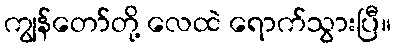
ကျွန်တော်တို့ လေထဲ ရောက်သွားပြီ။